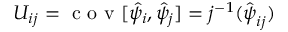
U _ { i j } = \mathrm { ~ c ~ o ~ v ~ } [ \hat { \psi } _ { i } , \hat { \psi } _ { j } ] = j ^ { - 1 } ( \hat { \boldsymbol { \psi } } _ { i j } )